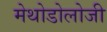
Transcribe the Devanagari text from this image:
मेथोडोलोजी